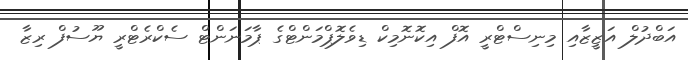
އަބްދުލް އަޒީޒާއި މިނިސްޓްރީ އޮފް އިކޮނޮމިކް ޑިވެލޮޕްމަންޓްގެ ޕާމަނަންޓް ސެކްރެޓްރީ ޔޫސުފް ރިޒާ